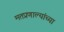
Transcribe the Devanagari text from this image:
मतप्रणाल्यांच्या